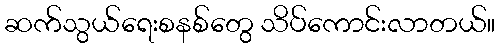
ဆက်သွယ်ရေးစနစ်တွေ သိပ်ကောင်းလာတယ်။